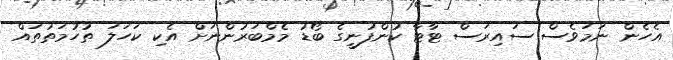
އެހެން ނަމަވެސް ސައިރަސް ޓާޓާ ކުންފުނީގެ ބޯޑު މެމްބަރުންނަށް އެކި ކަހަލަ ތުހުމަތުތައް